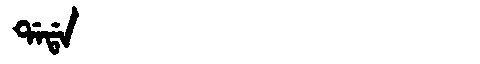
Manchu: ᡩᠠᡩᠠ
Romanization: DADA